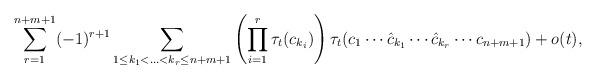
LaTeX: \begin{align*}\sum_{r=1}^{n+m+1} (-1)^{r+1} \sum_{1\leq k_1<\ldots<k_r\leq n+m+1} \left(\prod_{i=1}^{r} \tau_t(c_{k_i}) \right)\tau_t(c_1\cdots \hat{c}_{k_1}\cdots \hat{c}_{k_r} \cdots c_{n+m+1})+o(t),\end{align*}